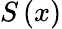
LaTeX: S\left(x\right)